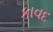
કાવદ